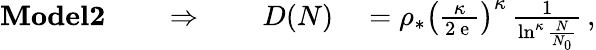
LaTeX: \begin{array}{rl}{\textbf{Model2}\qquad\Rightarrow\qquad D(N)}&{{}=\rho_{\ast}\left(\frac{\kappa}{2\mathrm{~e~}}\right)^{\kappa}\, \frac{1}{\ln^{\kappa}\frac{N}{N_{0}}}\, ,}\end{array}